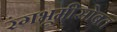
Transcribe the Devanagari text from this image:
रंगभूमीसोबत